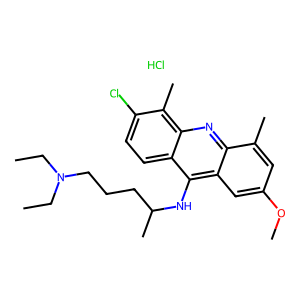
SMILES: CCN(CC)CCCC(C)Nc1c2cc(OC)cc(C)c2nc2c(C)c(Cl)ccc12.Cl
Inhibits HIV replication: No